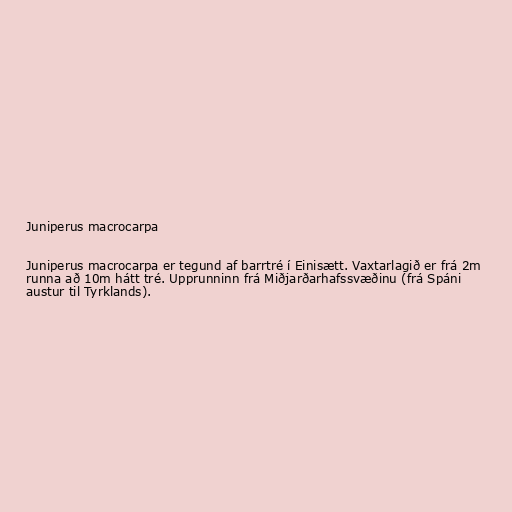
Juniperus macrocarpa

Juniperus macrocarpa er tegund af barrtré í Einisætt. Vaxtarlagið er frá 2m
runna að 10m hátt tré. Upprunninn frá Miðjarðarhafssvæðinu (frá Spáni
austur til Tyrklands).